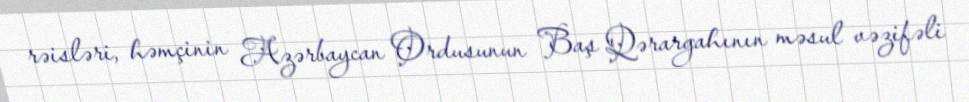
rəisləri, həmçinin Azərbaycan Ordusunun Baş Qərargahının məsul vəzifəli